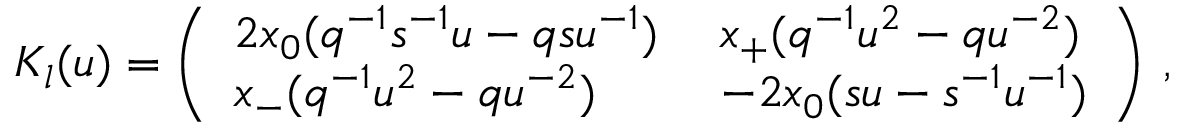
K _ { l } ( u ) = \left( \begin{array} { l l } { { 2 x _ { 0 } ( q ^ { - 1 } s ^ { - 1 } u - q s u ^ { - 1 } ) \; } } & { { x _ { + } ( q ^ { - 1 } u ^ { 2 } - q u ^ { - 2 } ) } } \\ { { x _ { - } ( q ^ { - 1 } u ^ { 2 } - q u ^ { - 2 } ) \; } } & { { - 2 x _ { 0 } ( s u - s ^ { - 1 } u ^ { - 1 } ) } } \end{array} \right) \, ,